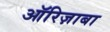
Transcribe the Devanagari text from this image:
ऑरिज़ाबा